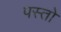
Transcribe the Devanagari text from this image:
पस्तो